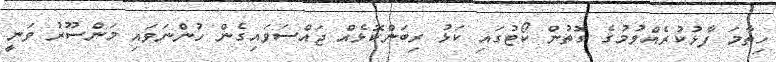
ހިތާމަ ފާޅުކުރެއްވުމުގެ ގޮތުން ކޯޓުގައި ކަޅު ރިބަންކޮޅެއް ޖައްސަވައިގެން ހުންނަވައި މަންސޫރު ވަނީ